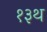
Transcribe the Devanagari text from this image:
१३थ